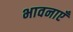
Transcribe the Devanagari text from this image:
भावनाएॅं